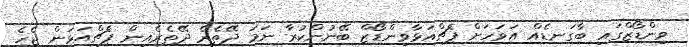
ވިންޑޯޒްގައި ބާގަނޑެއް އަވަހަށް ޕެޗްއަޅާވިންޑޯޒް ބޭނުންކުރާ ނަމަ ދޭތެރެ ދޭތެރެއިން ޕެޗްއަޅަން ޖެހެ